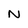
Character: N